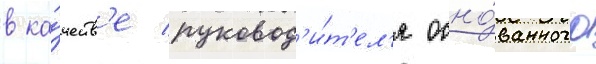
в ка́честв'е руковод'и́т'ел'я осно́ванного